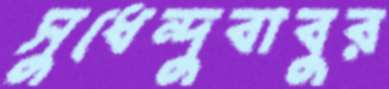
সুধেন্দুবাবুর